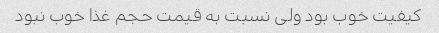
کیفیت خوب بود ولی نسبت به قیمت حجم غذا خوب نبود